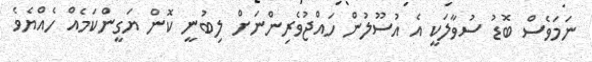
ނަމަވެސް ބޮޑު ސުވާލަކީ އެ އުސޫލުން ހައްޖުވެރިންނަށް ލިބުނީ ކޮން ޔަގީންކަމެއް ހެއްޔެވެ